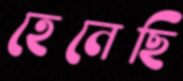
হেনেছি